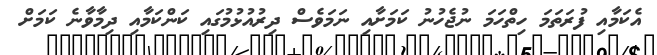
އެކަމާއި ފުރަތަމަ ހިތްހަމަ ނުޖެހުނު ކަމަށާއި ނަމަވެސް ދިރުއުޅުމުގައި ކަންކަމާއި ދިމާވާނެ ކަމަށް